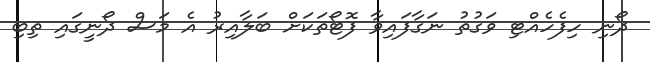
ދޯނި ހިފެހެއްޓި ވަގުތު ނަގާފައިވާ ފޮޓޯތަކަށް ބަލާއިރު އެ މަސް ދޯނީގައި ތިބި